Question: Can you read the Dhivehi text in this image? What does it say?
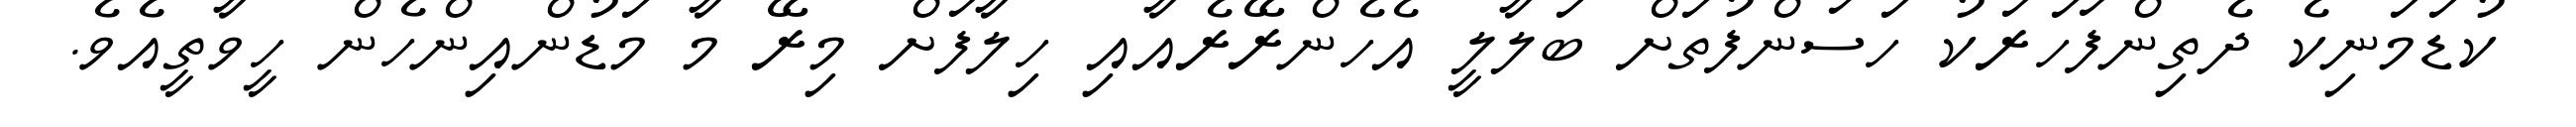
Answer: ކުޑަމަނިކެ ދެތިންފަހަރަކު ހަސަންފުތަށް ބަލާލީ އެހެންރޭރެއާއި ހިލާފަށް މިރޭ މާ މަޑުންއިންހެން ހީވާތީއެވެ.